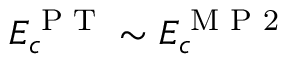
E _ { c } ^ { \textrm { P T } } \sim E _ { c } ^ { \textrm { M P 2 } }